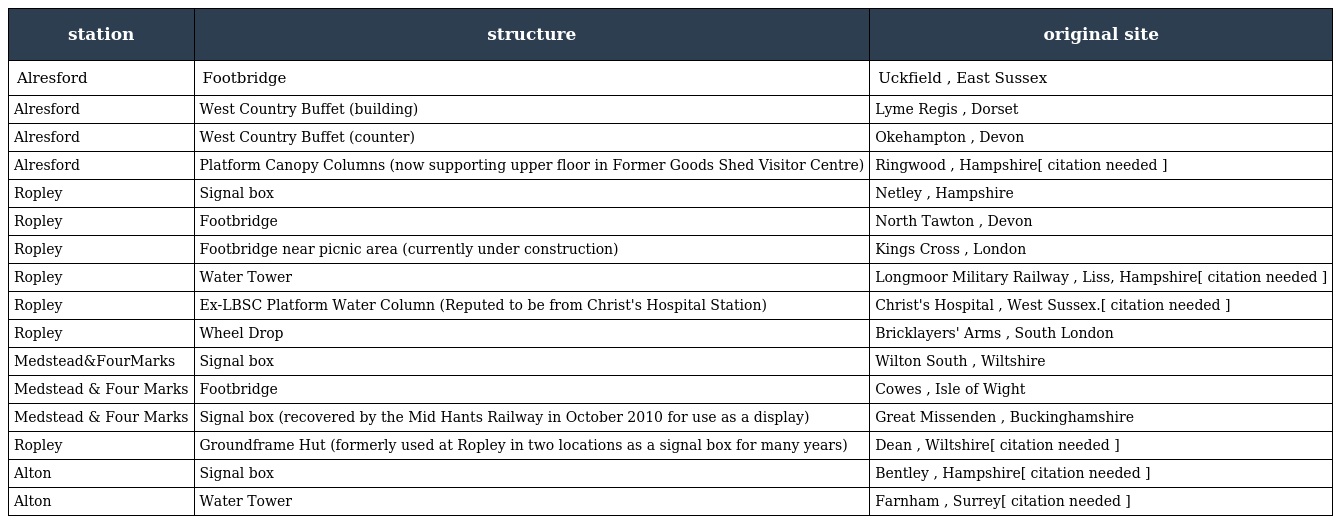
| station | structure | original site |
 | --- | --- | --- |
 | Alresford | Footbridge | Uckfield , East Sussex |
 | Alresford | West Country Buffet (building) | Lyme Regis , Dorset |
 | Alresford | West Country Buffet (counter) | Okehampton , Devon |
 | Alresford | Platform Canopy Columns (now supporting upper floor in Former Goods Shed Visitor Centre) | Ringwood , Hampshire[ citation needed ] |
 | Ropley | Signal box | Netley , Hampshire |
 | Ropley | Footbridge | North Tawton , Devon |
 | Ropley | Footbridge near picnic area (currently under construction) | Kings Cross , London |
 | Ropley | Water Tower | Longmoor Military Railway , Liss, Hampshire[ citation needed ] |
 | Ropley | Ex-LBSC Platform Water Column (Reputed to be from Christ's Hospital Station) | Christ's Hospital , West Sussex.[ citation needed ] |
 | Ropley | Wheel Drop | Bricklayers' Arms , South London |
 | Medstead&FourMarks | Signal box | Wilton South , Wiltshire |
 | Medstead & Four Marks | Footbridge | Cowes , Isle of Wight |
 | Medstead & Four Marks | Signal box (recovered by the Mid Hants Railway in October 2010 for use as a display) | Great Missenden , Buckinghamshire |
 | Ropley | Groundframe Hut (formerly used at Ropley in two locations as a signal box for many years) | Dean , Wiltshire[ citation needed ] |
 | Alton | Signal box | Bentley , Hampshire[ citation needed ] |
 | Alton | Water Tower | Farnham , Surrey[ citation needed ] |